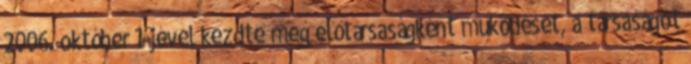
2006. október 1-jével kezdte meg előtársaságként működését, a társaságot